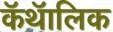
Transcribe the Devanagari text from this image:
कॅथॅालिक